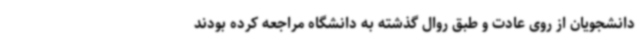
دانشجویان از روی عادت و طبق روال گذشته به دانشگاه مراجعه کرده بودند